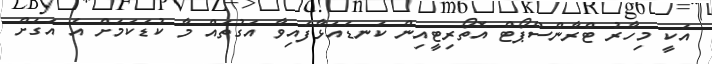
އަކީ މިހާރު ޓްރާންސްޕޯޓް އޮތޯރިޓީއިން ކަނޑައަޅާފައިވާ އަގުތައް މާ ކުޑަކަމަށް އެ އަގަށް